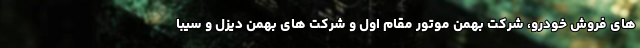
های فروش خودرو، شرکت بهمن موتور مقام اول و شرکت های بهمن دیزل و سیبا